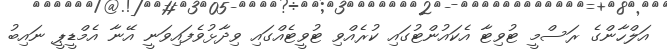
އަލްހާންގެ ރަސްމީ ޓުވިޓާ އެކައުންޓުގައި ކުރެއްވި ޓުވީޓެއްގައި ވިދާޅުވެފައިވަނީ އޭނާ އެމްޑީޕީ ނައިބު